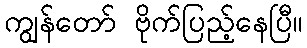
ကျွန်တော် ဗိုက်ပြည့်နေပြီ။